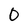
Character: 0